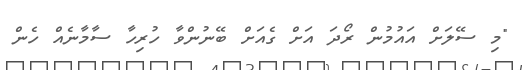
"މި ސޭލަށް އައުމުން ރޯދަ އަށް ގެއަށް ބޭނުންވާ ހުރިހާ ސާމާނެއް ހެން